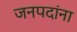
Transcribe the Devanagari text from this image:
जनपदांना